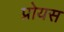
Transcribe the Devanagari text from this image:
प्रोयस